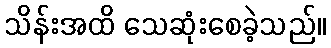
သိန်းအထိ သေဆုံးစေခဲ့သည်။